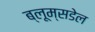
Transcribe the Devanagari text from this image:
ब्लूम्सडेल